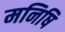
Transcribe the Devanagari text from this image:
मनिषि